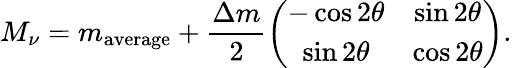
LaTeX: M_{\nu}=m_{\mathrm{average}}+\frac{\Delta m}{2}\left(\begin{array}{cc}{{-\cos 2\theta}}&{{\sin 2\theta}}\\ {{\sin 2\theta}}&{{\cos 2\theta}}\end{array}\right).